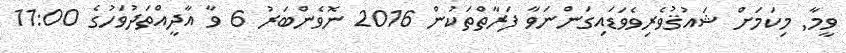
ވީމާ